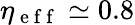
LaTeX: \eta_{\mathrm{~e~f~f~}}\simeq 0.8